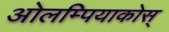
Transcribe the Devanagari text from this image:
ओलम्पियाकोस्